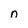
Character: n